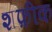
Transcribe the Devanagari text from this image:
शफ़ीक